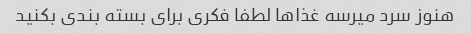
هنوز سرد میرسه غذاها لطفا فکری برای بسته بندی بکنید